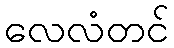
လေလံတင်